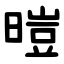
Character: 暟